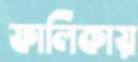
ফালিকায়